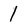
Character: 1